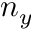
n _ { y }